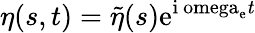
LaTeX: \eta(s,t)=\tilde{\eta}(s)\mathrm{{e}^{\mathrm{{i}\ omega_{\mathrm{e}}\mathit{t}}}}